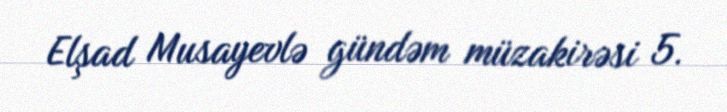
Elşad Musayevlə gündəm müzakirəsi 5.